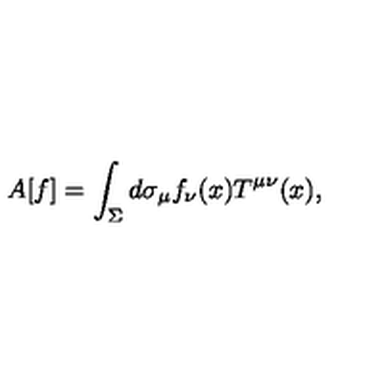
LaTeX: A [ f ] = \int _ { \Sigma } d \sigma _ { \mu } f _ { \nu } ( x ) T ^ { \mu \nu } ( x ) ,